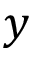
y